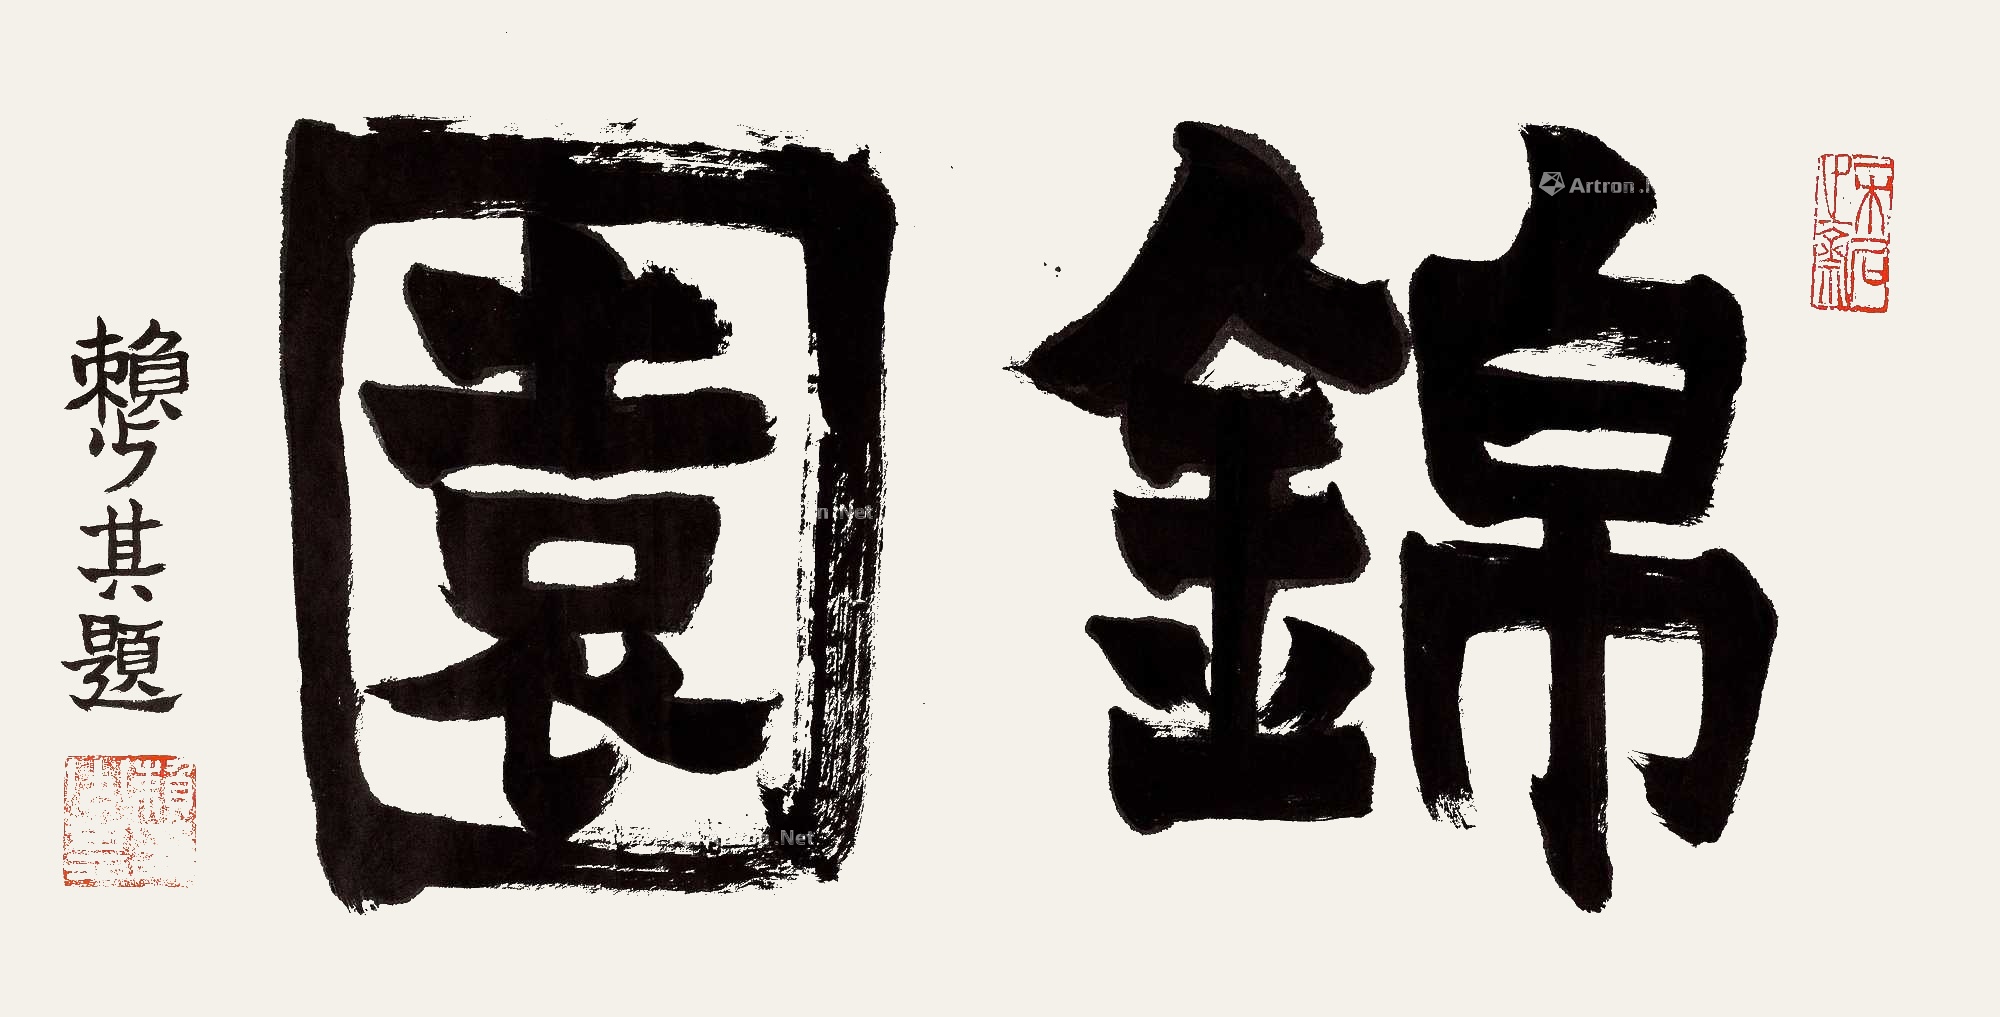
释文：锦园赖少其题。